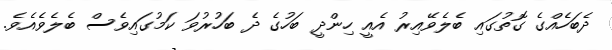
ދެބަހެއްގެ ގޮތުގައި ބެލެވޭއިރު އެއީ ހިންދީ ބަހުގެ ދެ ބަހުރުވަ ކަމުގައިވެސް ބެލެވެއެވެ.